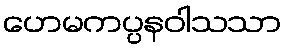
ဟေမကပ္ပနဝါသသာ